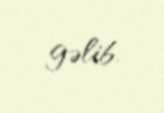
gəlib.